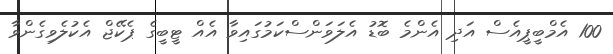
100 އެމްބީޕީއެސް އަދި އެންމެ ބޮޑު އެލަވަންސްކަމުގައިވާ އެއް ޓީބީގެ ޕެކޭޖް އެކުލެވިގެންވާ